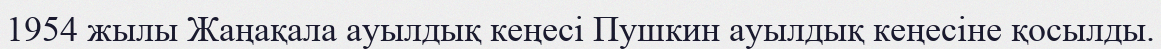
1954 жылы Жаңақала ауылдық кеңесі Пушкин ауылдық кеңесіне қосылды.